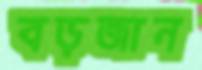
বড়জান